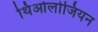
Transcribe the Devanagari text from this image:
थिओलोजियन